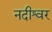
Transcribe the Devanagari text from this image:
नदीश्वर